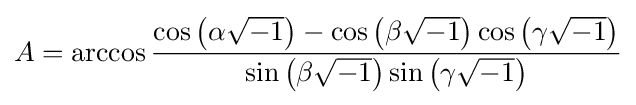
A=\operatorname {arccos} {\frac {\cos \left(\alpha {\sqrt {-1}}\right)-\cos \left(\beta {\sqrt {-1}}\right)\cos \left(\gamma {\sqrt {-1}}\right)}{\sin \left(\beta {\sqrt {-1}}\right)\sin \left(\gamma {\sqrt {-1}}\right)}}